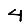
Digit: 4